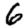
Digit: 6